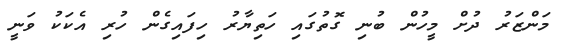
މަންޒަރު ދުށް މީހުން ބުނި ގޮތުގައި ހަތިޔާރު ހިފައިގެން ހުރި އެކަކު ވަނީ